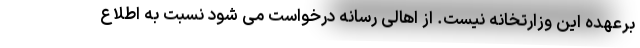
برعهده این وزارتخانه نیست. از اهالی رسانه درخواست می شود نسبت به اطلاع